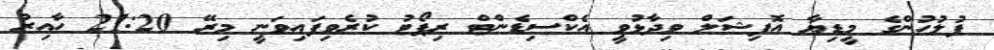
ފުލުުހުންގެ މީޑިޔާ އޮފިޝަލް ވިދާޅުވީ އެކްސިޑެންޓް ރިޕޯޓު ކުރެވިފައިވަނީ މިރޭ 21:20 ހާއިރު